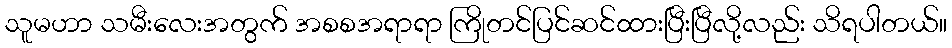
သူမဟာ သမီးလေးအတွက် အစစအရာရာ ကြိုတင်ပြင်ဆင်ထားပြီးပြီလို့လည်း သိရပါတယ်။